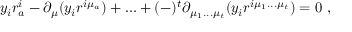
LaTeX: y _ { i } r _ { a } ^ { i } - \partial _ { \mu } ( y _ { i } r ^ { i \mu _ { a } } ) + . . . + ( - ) ^ { t } \partial _ { \mu _ { 1 } . . . \mu _ { t } } ( y _ { i } r ^ { i \mu _ { 1 } . . . \mu _ { t } } ) = 0 \ ,